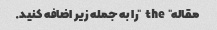
مقاله "the" را به جمله زیر اضافه کنید.